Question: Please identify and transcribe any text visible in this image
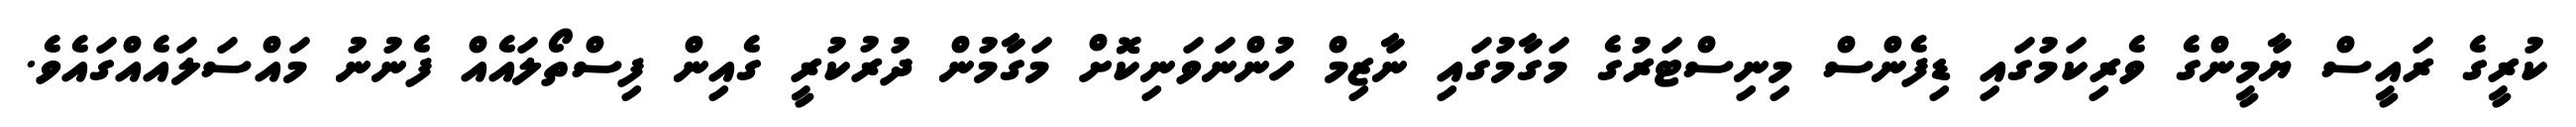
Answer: ކުރީގެ ރައީސް ޔާމީންގެ ވެރިކަމުގައި ޑިފެންސް މިނިސްޓަރުގެ މަގާމުގައި ނާޒިމް ހުންނަވަނިކޮށް މަގާމުން ދުރުކުރީ ގެއިން ފިސްތޯލައެއް ފެނުނު މައްސަލައެއްގައެވެ.